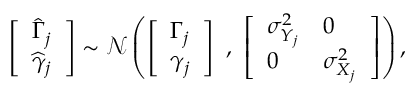
\begin{array} { r } { \left[ \begin{array} { l } { \widehat \Gamma _ { j } } \\ { \widehat \gamma _ { j } } \end{array} \right] \sim \mathcal { N } \left( \left[ \begin{array} { l } { \Gamma _ { j } } \\ { \gamma _ { j } } \end{array} \right] \ , \ \left[ \begin{array} { l l } { { \sigma } _ { Y _ { j } } ^ { 2 } } & { 0 } \\ { 0 } & { { \sigma } _ { X _ { j } } ^ { 2 } } \end{array} \right] \right) , } \end{array}